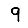
Digit: 9